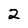
Character: 2